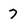
Character: 7